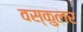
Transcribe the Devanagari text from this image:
वस्कुलर